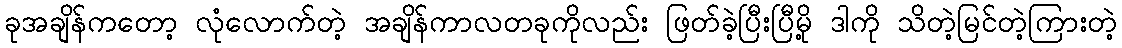
ခုအချိန်ကတော့ လုံလောက်တဲ့ အချိန်ကာလတခုကိုလည်း ဖြတ်ခဲ့ပြီးပြီမို့ ဒါကို သိတဲ့မြင်တဲ့ကြားတဲ့